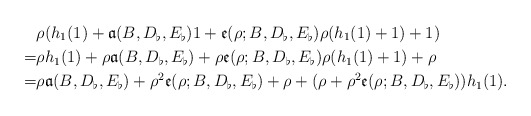
\begin{align*}&\rho(h_1(1)+\mathfrak{a}(B,D_\flat,E_\flat)1+\mathfrak{e}(\rho;B,D_\flat,E_\flat)\rho (h_1(1)+1)+1)\\=&\rho h_1(1)+\rho\mathfrak{a}(B,D_\flat,E_\flat)+\rho\mathfrak{e}(\rho;B,D_\flat,E_\flat)\rho (h_1(1)+1)+\rho\\=&\rho\mathfrak{a}(B,D_\flat,E_\flat)+\rho^2\mathfrak{e}(\rho;B,D_\flat,E_\flat)+\rho+(\rho +\rho^2\mathfrak{e}(\rho;B,D_\flat,E_\flat))h_1(1).\end{align*}